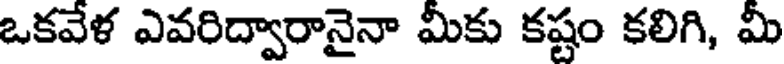
ఒకవేళ ఎవరిద్వారానైనా మీకు కష్టం కలిగి, మీ